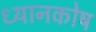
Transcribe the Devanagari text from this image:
ध्यानकोष